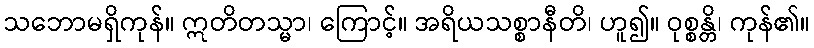
သဘောမရှိကုန်။ ဣတိတသ္မာ၊ ကြောင့်။ အရိယသစ္စာနီတိ၊ ဟူ၍။ ဝုစ္စန္တိ၊ ကုန်၏။